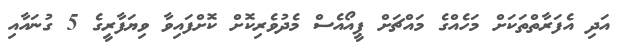
އަދި އެފަރާތްތަކަށް މަހެއްގެ މައްޗަށް ޕީއޯއެސް މެދުވެރިކޮށް ކޮށްފައިވާ ވިޔަފާރީގެ 5 ގުނައާއި